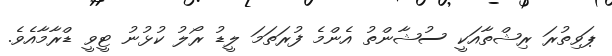
ޕަވިތުރަ ރިޝްތާއަކީ ސުޝާންތު އެންމެ ފުރަތަމަ ލީޑު ރޯލު ކުޅުނު ޓީވީ ޑްރާމާއެވެ.